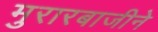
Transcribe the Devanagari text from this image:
मुरारबाजीने